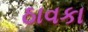
ઠાવકા